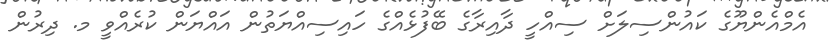
އެމްއެންޔޫގެ ކައުންސިލަށް ސިއްހީ ދާއިރާގެ ބޭފުޅެއްގެ ހައިސިއްޔަތުން އައްޔަން ކުރެއްވީ މ. ދިރުން